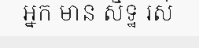
អ្នក មាន សិទ្ឋ រស់